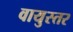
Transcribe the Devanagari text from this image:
वायुस्तर